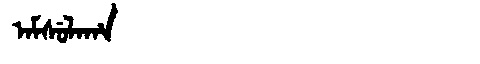
Manchu: ᠠᠮᠰᡠᠯᠠᡥᠠ
Romanization: AMSULAHA